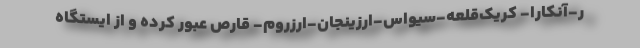
ر-آنکارا- کریک‌قلعه-سیواس-ارزینجان-ارزروم- قارص عبور کرده و از ایستگاه